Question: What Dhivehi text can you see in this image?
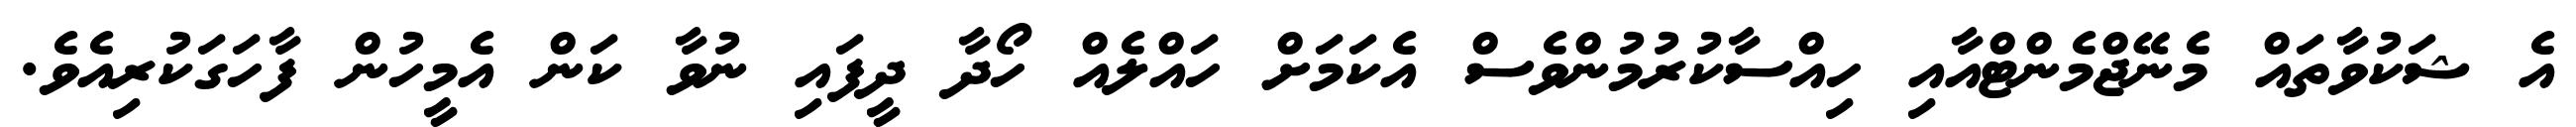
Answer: އެ ޝަކުވާތައް މެނޭޖްމެންޓްއާއި ހިއްސާކުރުމުންވެސް އެކަމަށް ހައްލެއް ހޯދާ ދީފައި ނުވާ ކަން އެމީހުން ފާހަގަކުރިއެވެ.